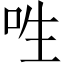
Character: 𠰮